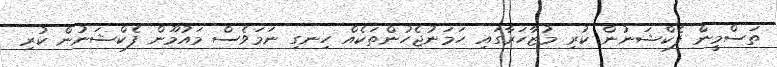
ތަސްމީން ފެކްޝަނުން ކުރި މުޒާހަރާގައި ހަމަނުޖެހުންތަކެއް ހިނގި ނަމަވެސް މައުމޫން ފެކްޝަނުން ކުރި